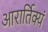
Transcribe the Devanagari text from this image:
आरार्तिक्यं